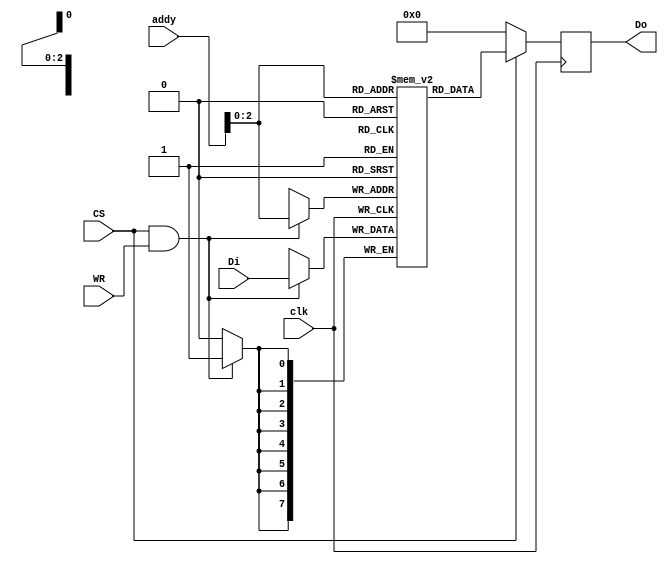
module RAM64x8 (addy, WR, clk, CS, Di,Do);
	
	input [5:0] addy;
	input WR, clk, CS;
	input [7:0] Di;
	output reg[7:0]Do;

	
	reg [7:0] mem_array[5:0];
	reg [7:0] mem_out;
	
	always@(posedge clk)begin
		if (CS && WR)
			mem_array[addy]=Di;
		end 
	always@(posedge clk) begin 
		mem_out=mem_array[addy];
		Do <=CS ? mem_out : 8'b0;
	end 
	
	
endmodule